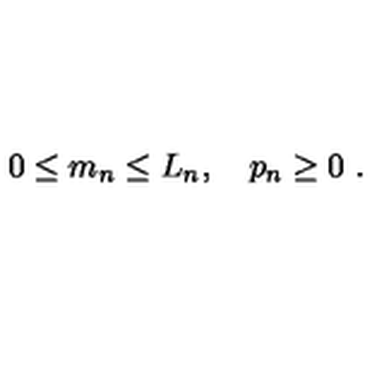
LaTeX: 0 \le m _ { n } \le L _ { n } , \quad p _ { n } \ge 0 \ .